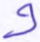
و